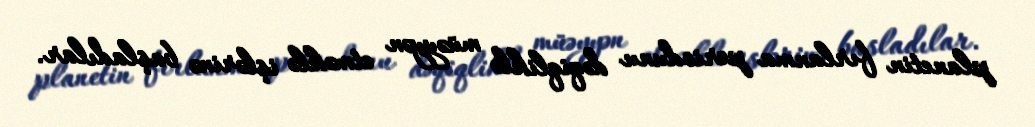
planetin fırlanma periodunu dəqiqliklə müəyyən etməklə işlərinə başladılar.